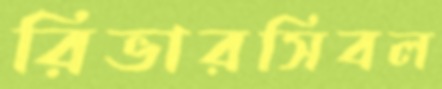
রিভারসিবল